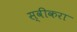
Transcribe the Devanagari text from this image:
स्वीकरा